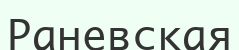
Раневская